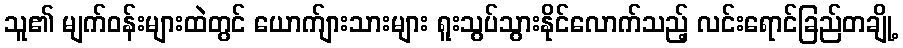
သူ၏ မျက်ဝန်းများထဲတွင် ယောက်ျားသားများ ရူးသွပ်သွားနိုင်လောက်သည့် လင်းရောင်ခြည်တချို့